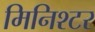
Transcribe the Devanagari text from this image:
मिनिश्टर